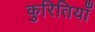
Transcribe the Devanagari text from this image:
कुरितियाँ